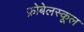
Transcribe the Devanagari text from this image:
फ्रोबेलस्कूल